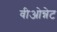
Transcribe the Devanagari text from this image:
वीओन्नेट